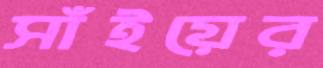
সাঁইয়ের